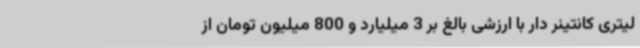
لیتری کانتینر دار با ارزشی بالغ بر 3 میلیارد و 800 میلیون تومان از